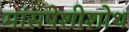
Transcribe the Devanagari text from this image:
मांसपेशीशोथ